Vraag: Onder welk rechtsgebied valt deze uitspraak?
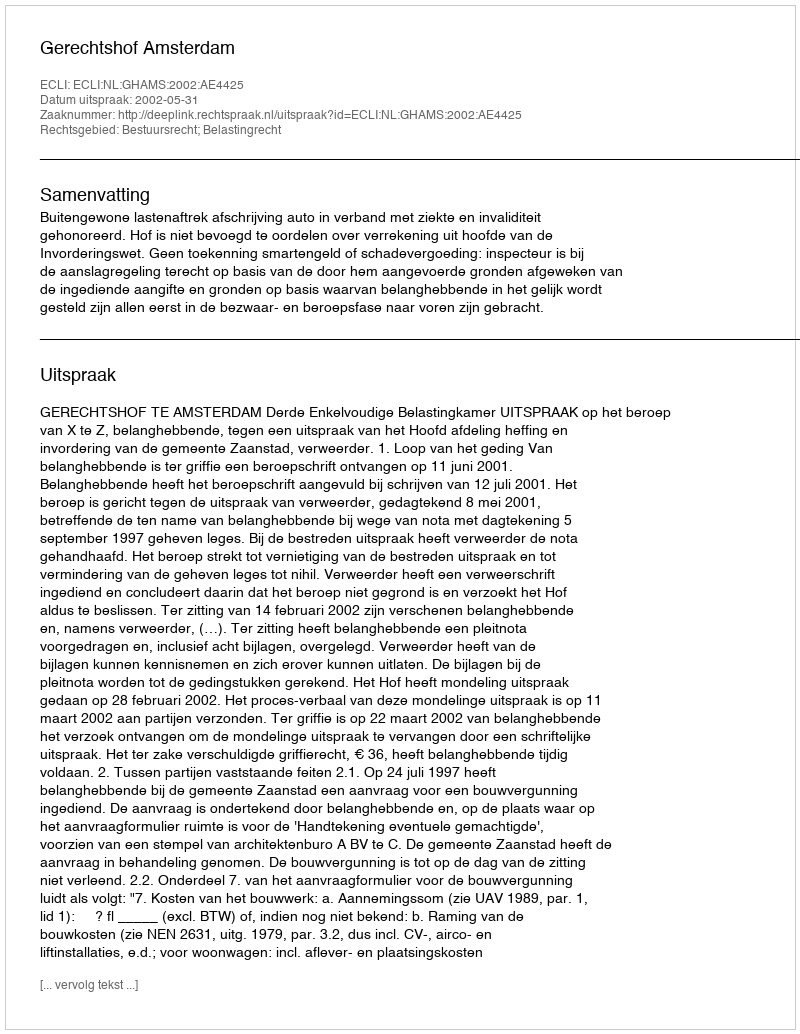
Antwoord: Bestuursrecht; Belastingrecht